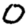
Digit: 0